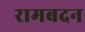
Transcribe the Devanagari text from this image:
रामबदन